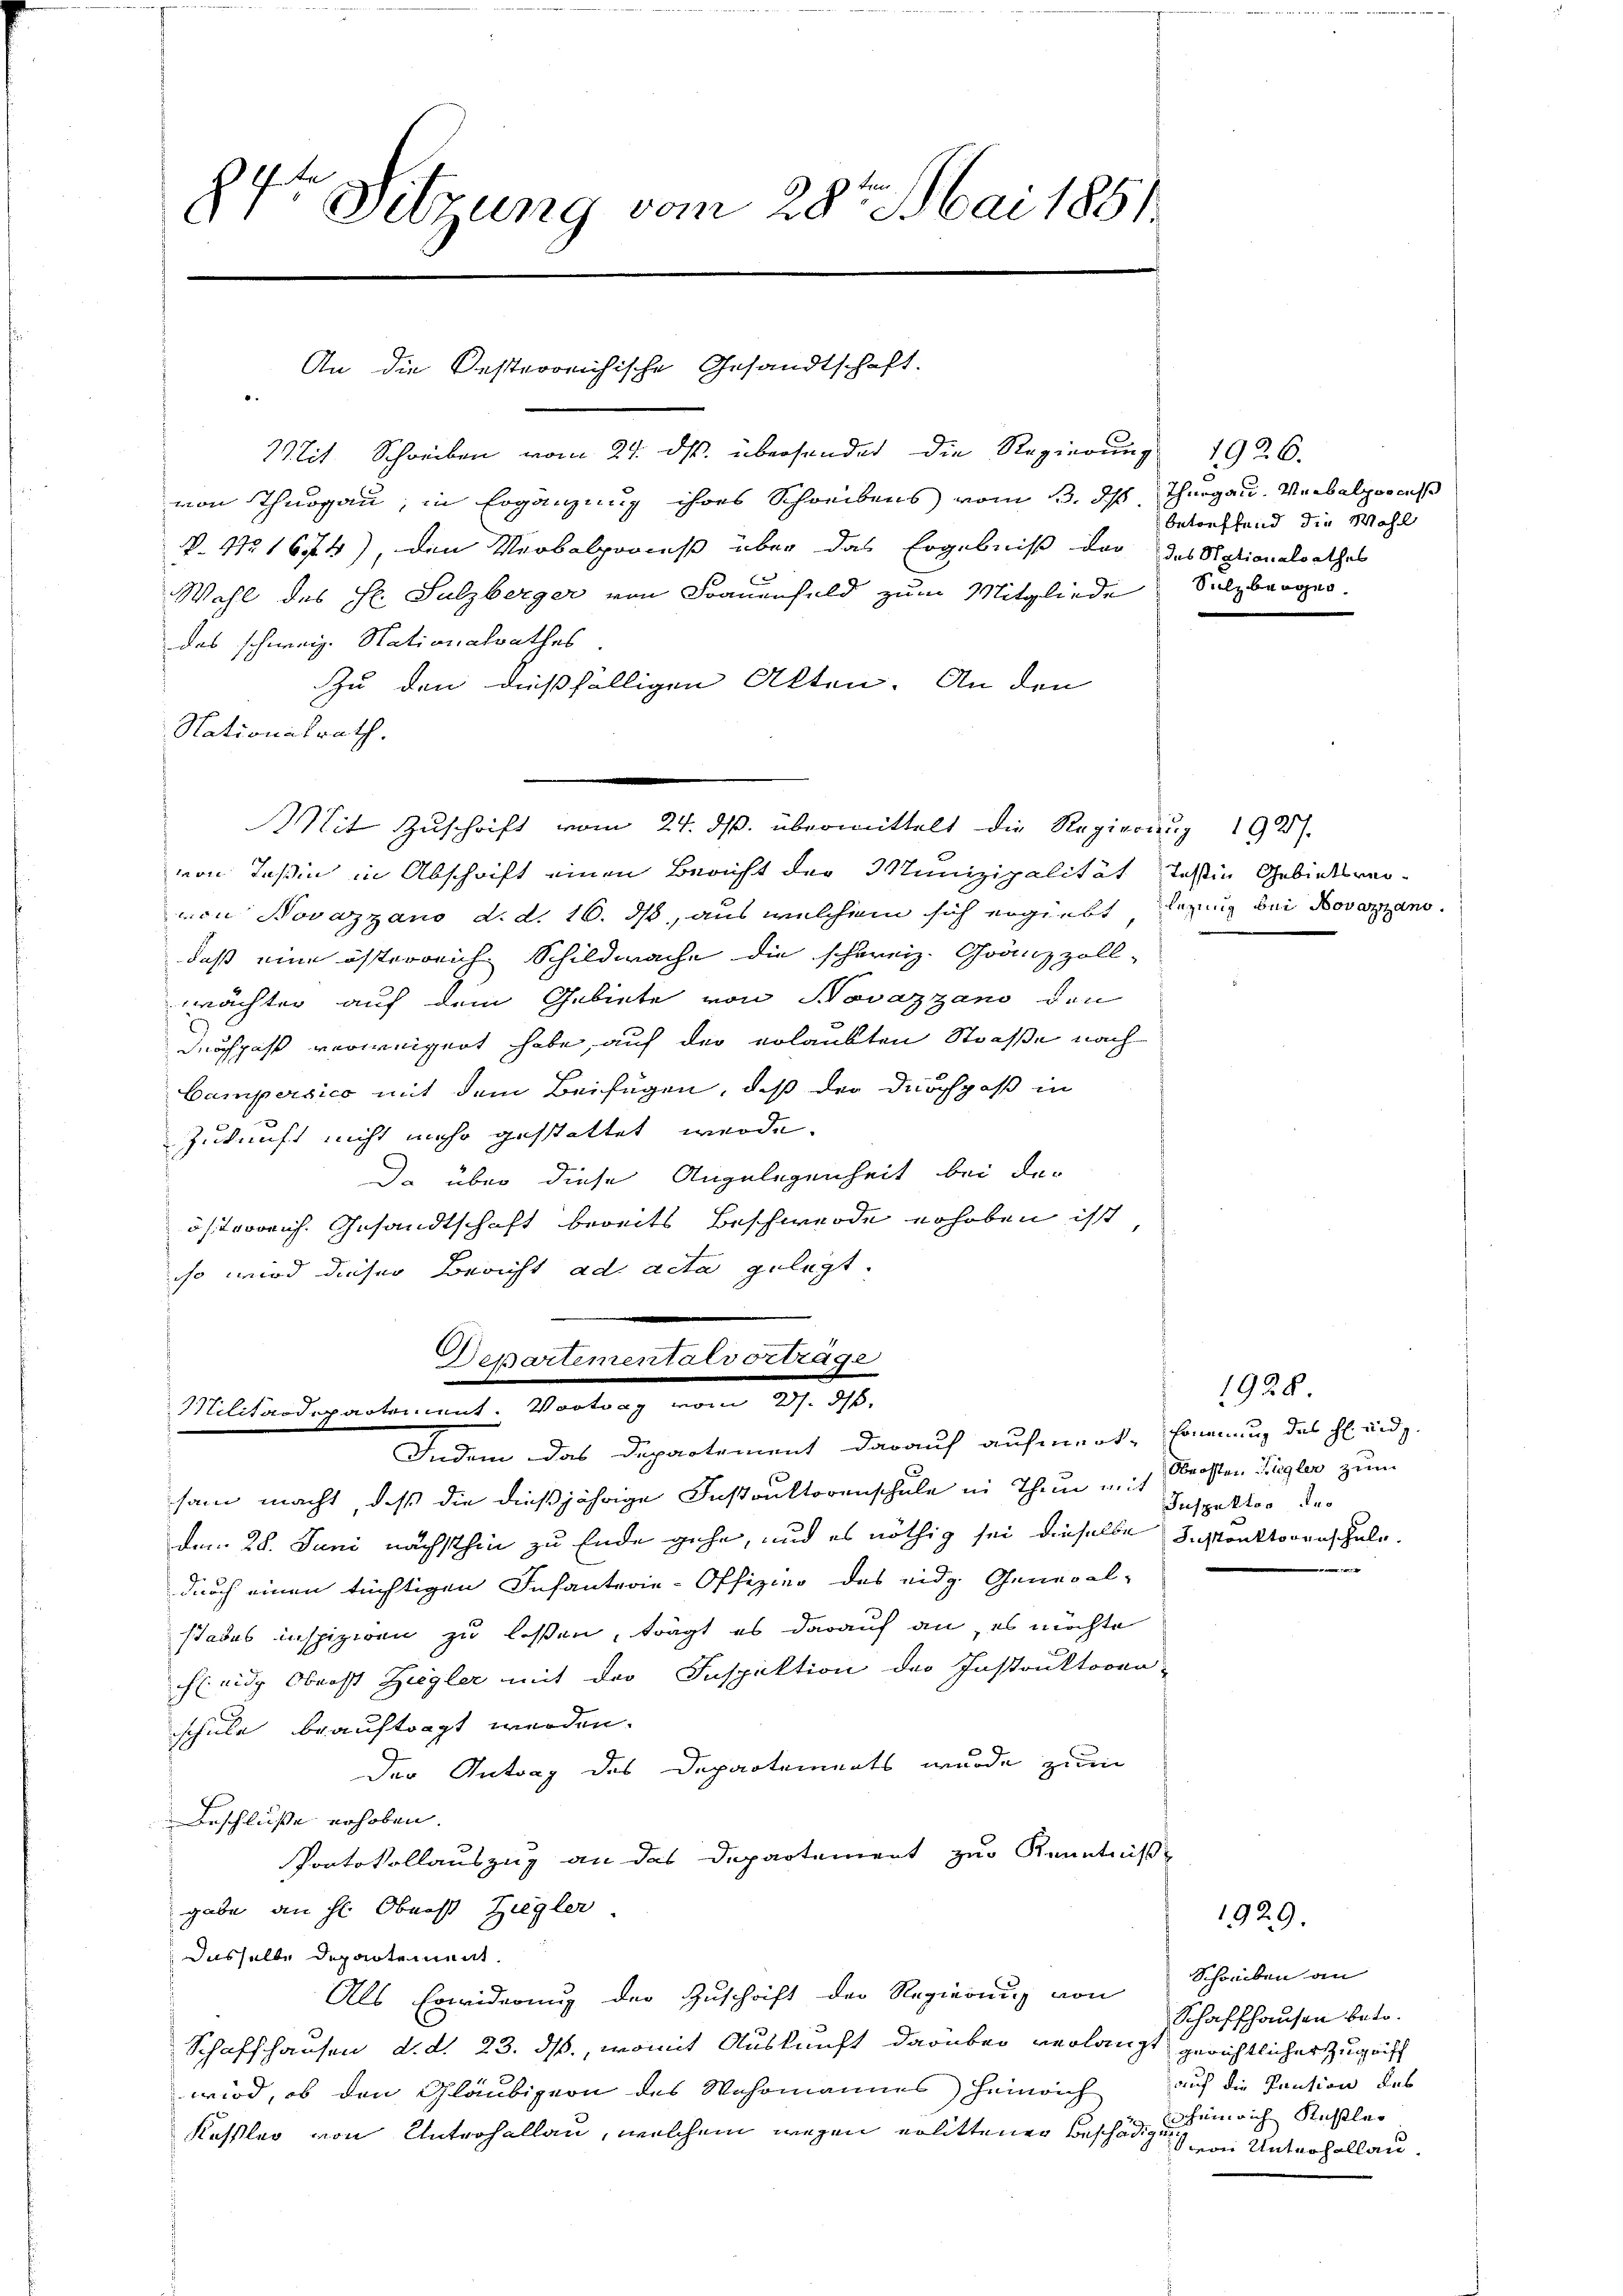
84r Sitzung vom 28. Mai 1851

Mit Schreiben vom 24. ds. übersendet die Regierŭng 1926.
von Thurgau, in Ergänzung ihres Schreibens vom 13. ds Thurgau. Verbalproceß
P. No 1674), den Verbalproceß über das Ergebniß der des Stationalrathes
Wahl des Hr. Sulzberger von Frauenfeld zum Mitgliede
das schweiz. Nationalrathes
Zu den dießfälligen Akten. An den
Nationalrath.
Mit Zŭschrift vom 24. ds. übermittelt die Regierung 192).
von Teßin in Abschrift einen Bericht der Munizipalität Testin Gebietsweivon Novazzano d. d. 16. ds, aus welchem sich ergiebt, legung bei Doveransdaß eine österreich Schildwache die schweiz. Gränzzoll-
wächter auf dem Gebiete von Novazzano den
Durchpaß verweigert habe, auf der erlaubten Straße nach
Campersico mit dem Beifügen, daß der Durchpaß in
Zukunft nicht mehr gestattet werde.
Da über diese Angelegenheit bei der
österrich. Gesandtschaft bereits Beschwerde erhoben ist
so wird dieser Bericht ad acta gelegt.
Departementalvortrage
Millindegartement. Vertrag vom 20. 8.
Indem das Departement darauf aufmerk, sonenung des H. Und z.
sam macht, daß die dießjährige Instruktorenschule in Thun u. in Strosten Ziegler zum
dem 28. Juni nächsthin zu Ende gehe, und es nöthig sei dieselbe Instanttorenschule.
durch einen tüchtigen Infanterie-Offizier des eidg. General-
sades inspiziren zu laßen, trägt es darauf an es möchte
cheide Oberst Ziegler mit der Inspektion der Instruktoren-
schule beauftragt werden.
Der Antrag des Departements wurde zum
Beschluße erhoben.
Protokollauszug an das Departement zur Kenntniße
gabe an ihr Oberst Ziegler.
dasselbe Departement.
Als Erwiderung der Zuschrift der Regierung von Schreiben an
Schaffhausen d. d. 23. ds., womit Auskunft darüber verlangt gerichtlicher Zugriff
wird, ob den Gläubigern des Wohrmannes Heinrich auf die Pension des
Kessler von Unterhallau, welchem wegen erlittenen Beschädigung einrich Rechtler

An die Besterreichische Gesandtschaft.

betreffend die Wahl
Sulzbergen.

1928.
Inspektor des

1929.

Schaffhausen betr.
von Unterhollau-